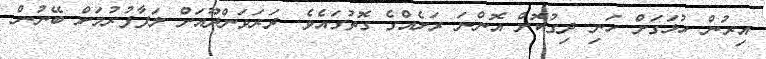
އިރުން ހުޅަގަށް ހަނި ދިގުކޮށް އޮންނަ ރަށެއްގެ ގޮތުގައެވެ. ދަރަވަންދޫއަށް ލަފާފުރުމަށް ބޭނުން